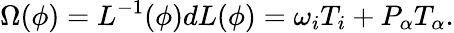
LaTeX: \Omega(\phi)=L^{-1}(\phi)dL(\phi)=\omega_{i}T_{i}+P_{\alpha}T_{\alpha}.